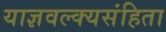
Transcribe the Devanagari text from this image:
याज्ञवल्क्यसंहिता